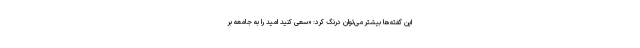
این گفته‌ها بیشتر می‌توان درنگ کرد: «سعی کنید امید را به جامعه بر